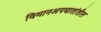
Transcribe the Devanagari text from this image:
विमानअपघातांतील